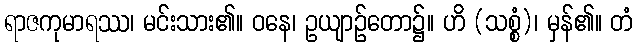
ရာဇကုမာရဿ၊ မင်းသား၏။ ဝနေ၊ ဥယျာဉ်တော၌။ ဟိ (သစ္စံ)၊ မှန်၏။ တံ